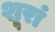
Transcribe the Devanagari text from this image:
शूरां